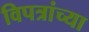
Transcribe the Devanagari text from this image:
विपत्रांच्या